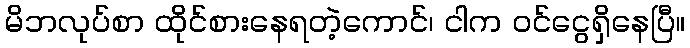
မိဘလုပ်စာ ထိုင်စားနေရတဲ့ကောင်၊ ငါက ဝင်ငွေရှိနေပြီ။